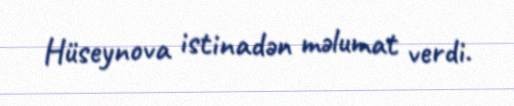
Hüseynova istinadən məlumat verdi.